Vaccine operations Central Provinces 1868-1885 - 1868-1885
Year: 1868
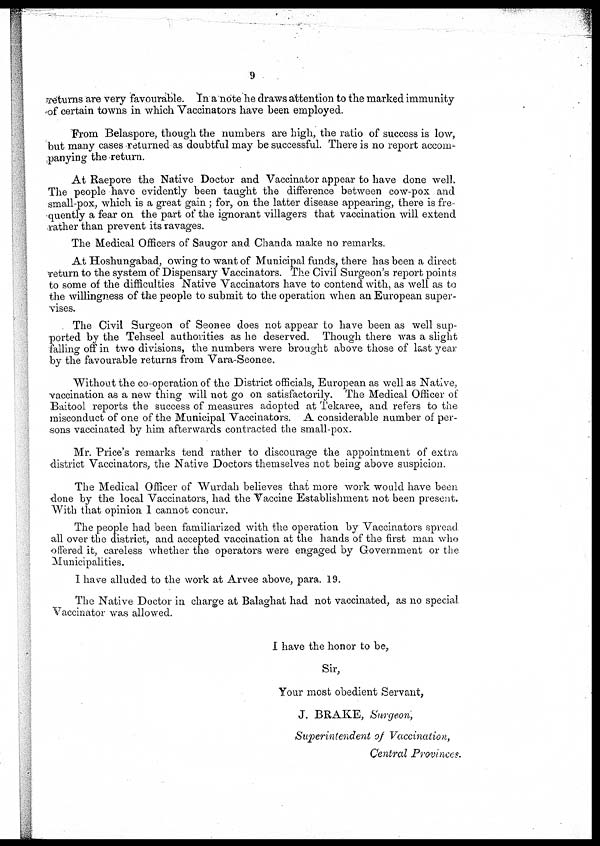
9
returns are very favourable. In a note he draws attention to the marked immunity
of certain towns in which Vaccinators have been employed.
From Belaspore, though the numbers are high, the ratio of success is low,
but many cases returned as doubtful may be successful. There is no report accom-
panying the return.
At Raepore the Native Doctor and Vaccinator appear to have done well.
The people have evidently been taught the difference between cow-pox and
small-pox, which is a great gain; for, on the latter disease appearing, there is fre-
quently a fear on the part of the ignorant villagers that vaccination will extend
rather than prevent its ravages.
The Medical Officers of Saugor and Chanda make no remarks.
At Hoshungabad, owing to want of Municipal funds, there has been a direct
return to the system of Dispensary Vaccinators. The Civil Surgeon's report points
to some of the difficulties Native Vaccinators have to contend with, as well as to
the willingness of the people to submit to the operation when an European super-
vises.
The Civil Surgeon of Seonee does not appear to have been as well sup-
ported by the Tehseel authorities as he deserved. Though there was a slight
falling off in two divisions, the numbers were brought above those of last year
by the favourable returns from Vara-Seonee.
Without the co-operation of the District officials, European as well as Native,
vaccination as a new thing will not go on satisfactorily. The Medical Officer of
Baitool reports the success of measures adopted at Tekaree, and refers to the
misconduct of one of the Municipal Vaccinators. A considerable number of per-
sons vaccinated by him afterwards contracted the small-pox.
Mr. Price's remarks tend rather to discourage the appointment of extra
district Vaccinators, the Native Doctors themselves not being above suspicion.
The Medical Officer of Wurdah believes that more work would have been
done by the local Vaccinators, had the Vaccine Establishment not been present.
With that opinion I cannot concur.
The people had been familiarized with the operation by Vaccinators spread
all over the district, and accepted vaccination at the hands of the first man who
offered it, careless whether the operators were engaged by Government or the
Municipalities.
I have alluded to the work at Arvee above, para. 19.
The Native Doctor in charge at Balaghat had not vaccinated, as no special
Vaccinator was allowed.
I have the honor to be,
Sir,
Your most obedient Servant,
J. BRAKE, Surgeon,
Superintendent of Vaccination,
Central Provinces.